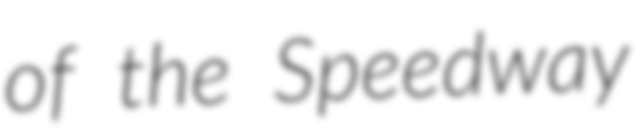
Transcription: of the Speedway